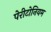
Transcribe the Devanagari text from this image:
पेरीटोनियम